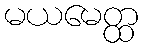
မယမေတ္ထ